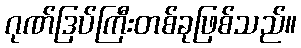
ဂုဏ်ဒြပ်ကြီးတစ်ခုဖြစ်သည်။